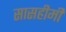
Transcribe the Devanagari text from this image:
सासहीमी